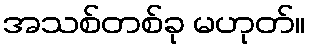
အသစ်တစ်ခု မဟုတ်။